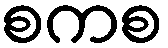
စကစ